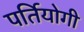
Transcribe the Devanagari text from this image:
पर्तियोगी